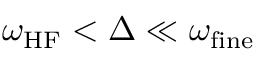
\omega _ { \mathrm { H F } } < \Delta \ll \omega _ { \mathrm { f i n e } }